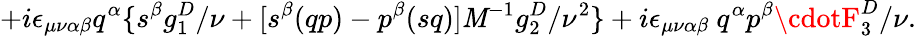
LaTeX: {+i{\epsilon}_{\mu\nu\alpha\beta}q^{\alpha}\{ s^{\beta}g_{1}^{D}/\nu+[s^{\beta}(qp)-p^{\beta}(sq)]\mathit{M}^{-1}g_{2}^{D}/{\nu}^{2}\} +i{\epsilon}_{\mu\nu\alpha\beta}\ q^{\alpha}p^{\beta}\cdotF_{3}^{D}/\nu.}